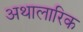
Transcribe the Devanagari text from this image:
अथालारिक